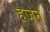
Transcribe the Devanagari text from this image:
हैजन